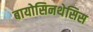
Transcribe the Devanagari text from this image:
बायोसिनथेसिस